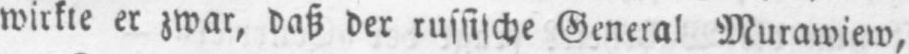
wirkte er zwar, daß der russische General Murawiew,